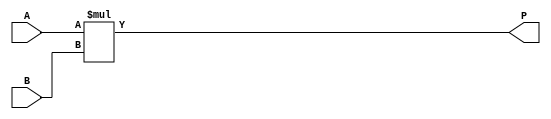
`timescale 1ns / 1ps  // NW 29.4.2011
module MULT18X18(
  input [17:0] A, B,
  output [35:0] P);
	 
assign P = {{18'b0}, A} * {{18'b0}, B};
endmodule